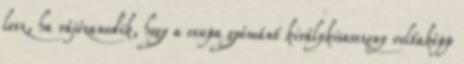
lesz, ha rájózanodik, hogy a csupa gyémánt királykisasszony voltaképp